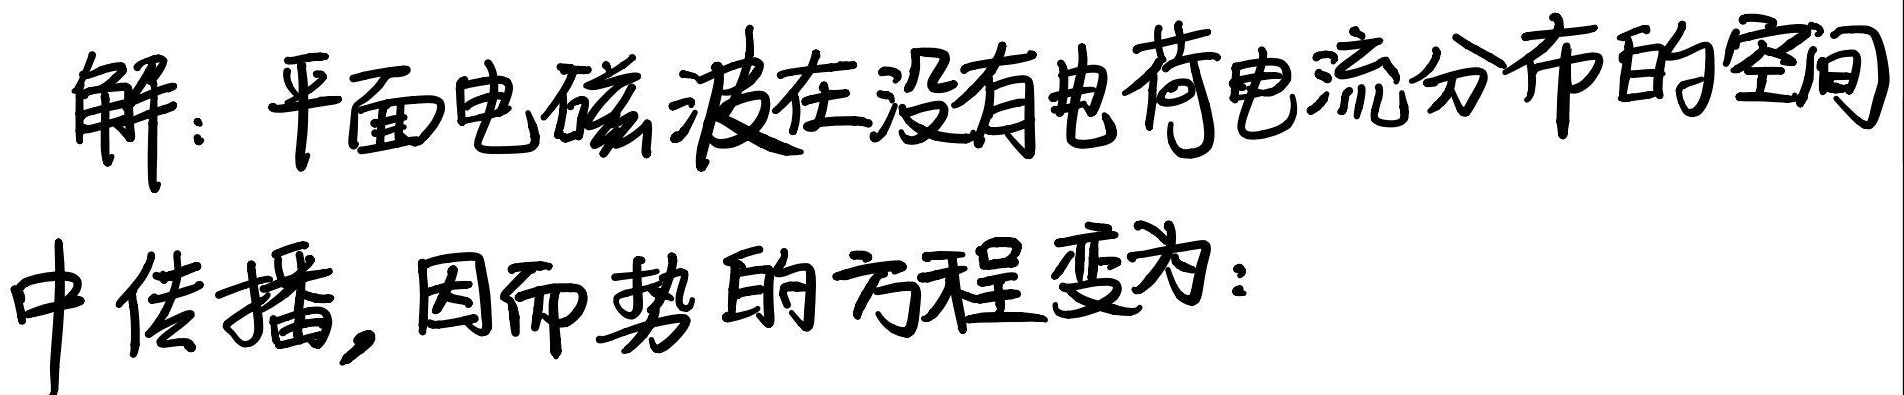
解：平面电磁波在没有电荷电流分布的空间中传播，因而势的方程变为：